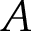
A